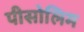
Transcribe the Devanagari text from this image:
पीसोलिम